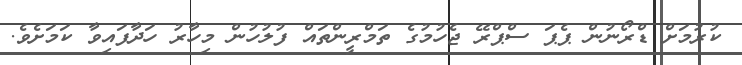
ކުރުމަށް ޑްރޯނުން ޕެޕަ ސްޕްރޭ ޖެހުމުގެ ތަމްރީންތައް ފުލުހުން މިހާރު ހަދާފައިވާ ކަމަށެވެ.